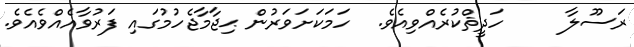
ރަސޫލާ     ހަދީޘްކުރެއްވިއެވެ.  ހަމަކަށަވަރުން ޙިޖާމާޖެހުމުގައި ފަރުވާއެއްވެއެވެ.